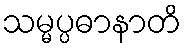
သမ္မပ္ပဓာနာတိ